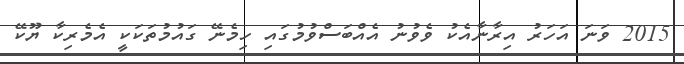
2015 ވަނަ އަހަރު އިރާނާއެކު ވެވުނު އެއްބަސްވުމުގައި ހިމެނޭ ގައުމުތަކަކީ އެމެރިކާ ޔޫކޭ